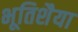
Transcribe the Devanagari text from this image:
भूतिशैया